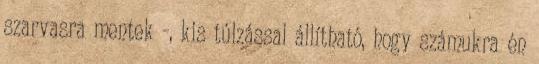
szarvasra mentek -, kis túlzással állítható, hogy számukra én